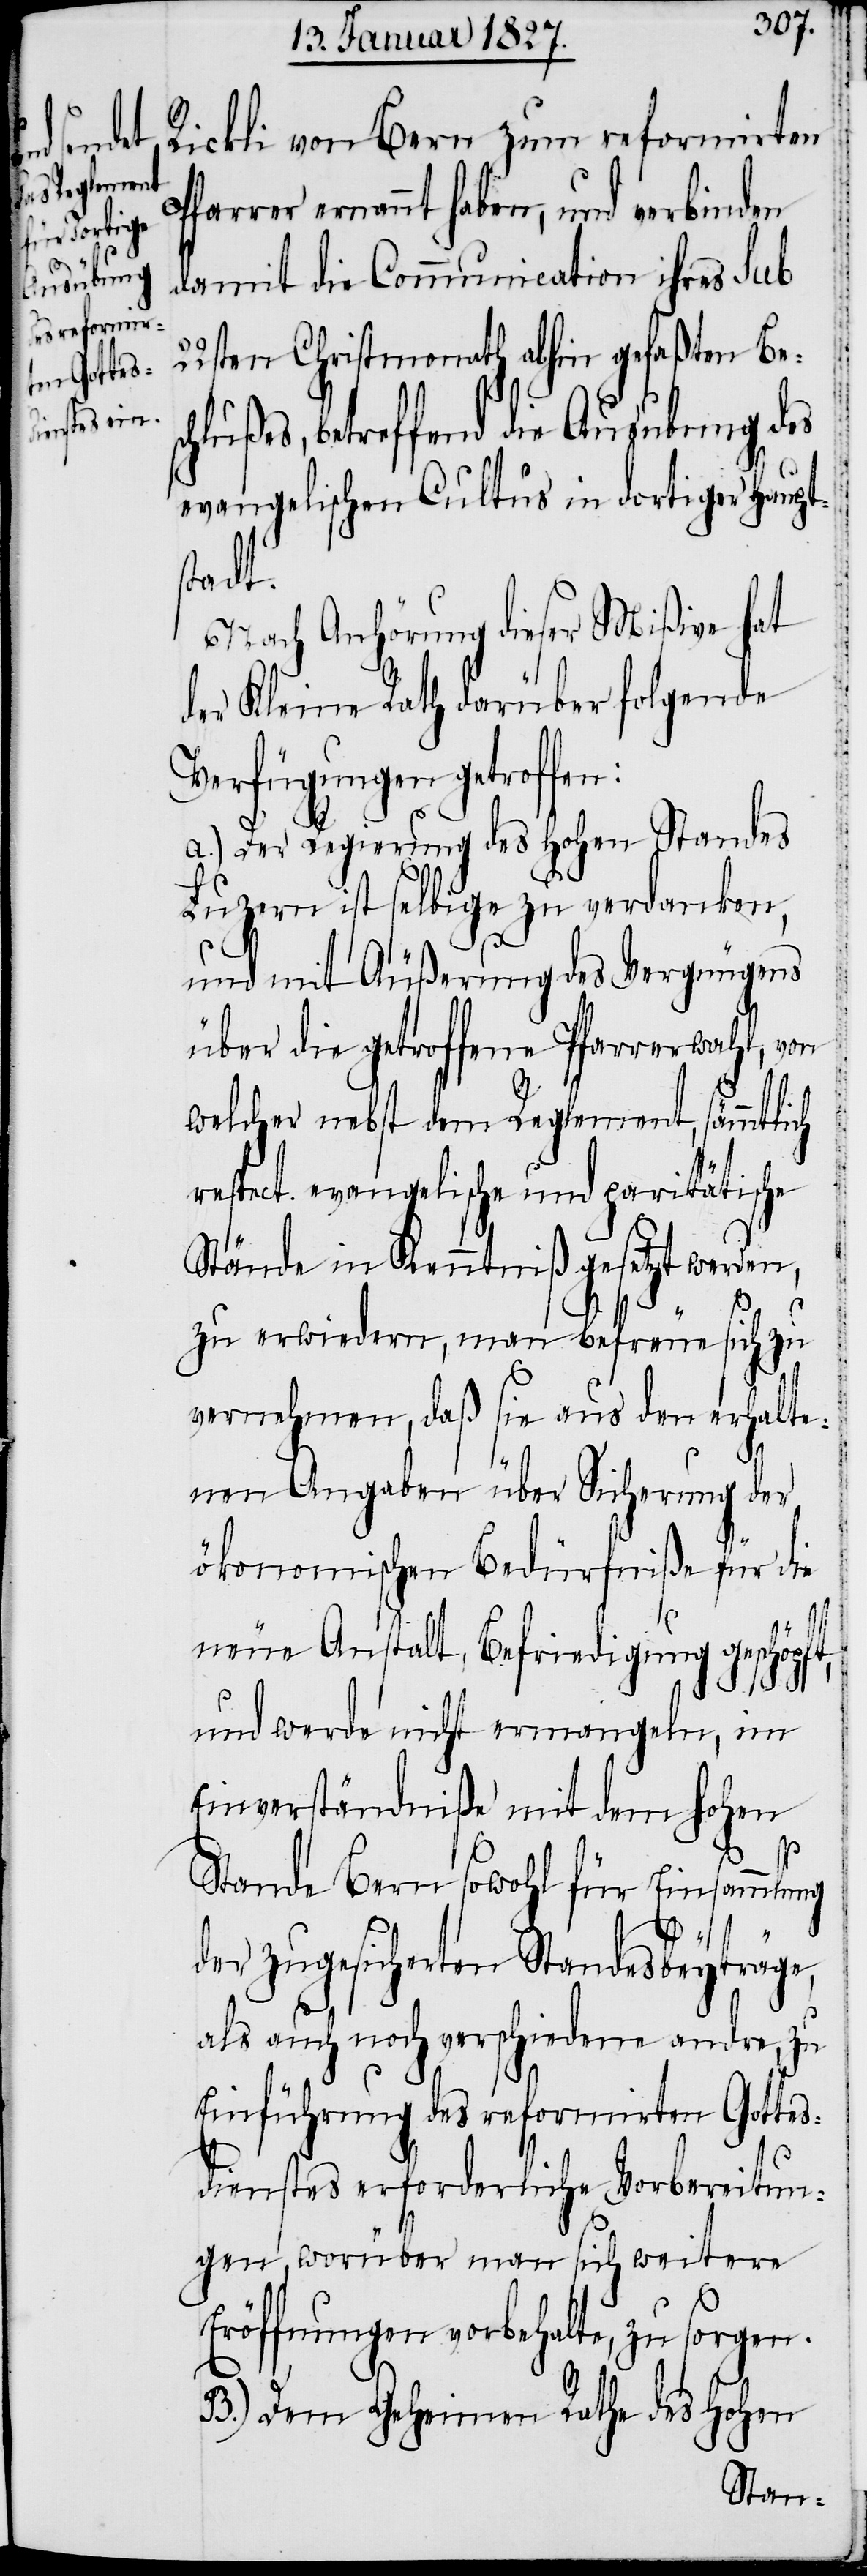
Rickli von Bern zum reformirten
farrer ernannt haben, und verbinden
damit die Communication ihres sub
22sten Christmonath abhin gefaßten Bes¬
chlußes, betreffend die Ausubung des
evangelischen Cultus in dortiger Haupts¬
tadt.
Nach Anhörung dieser Mißive hat
der Kleine Rath darüber folgende
Verfügungen getroffen:
a.) Der Regierung des Hohen Standes
Luzern ist selbige zu verdanken,
und mit Äußerung des Vergnügens
über die getroffene Pfarrerwahl, von
welcher nebst dem Reglement, sämmtlich
respect. evangelische und paritätische
Stände in Kenntniß gesetzt werden,
P¬
zu erwiedern, man befreue sich zu
vernehmen, daß sie aus den erhalte¬
nen Angaben über Sicherung der
ökonomischen Bedürfniße für die
neue Anstalt, Befriedigung geschöpft,
und werde nicht ermangeln, im
Einverständniße mit dem hohen
Stande Bern sowohl für Einsammlung
der zugesicherten Standesbeyträge,
als auch noch verschiedene andre, zu
Einführung des reformirten Gottes¬
dienstes erforderliche Vorbereitun¬
gen, worüber man sich weitere
Eröffnungen vorbehalte, zu sorgen.
B.) Dem Geheimen Rathe des Hohen